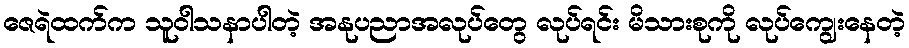
ဇေရဲထက်က သူဝါသနာပါတဲ့ အနုပညာအလုပ်တွေ လုပ်ရင်း မိသားစုကို လုပ်ကျွေးနေတဲ့